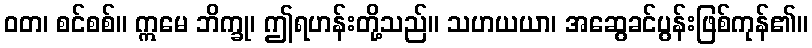
ဝတ၊ စင်စစ်။ ဣမေ ဘိက္ခု၊ ဤရဟန်းတို့သည်။ သဟယယာ၊ အဆွေခင်ပွန်းဖြစ်ကုန်၏။